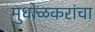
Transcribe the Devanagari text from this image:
मुधोळकरांचा